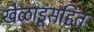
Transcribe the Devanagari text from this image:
खेळाडूंसहित